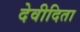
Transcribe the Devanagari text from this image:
देवीदिता